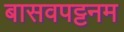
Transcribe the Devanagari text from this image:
बासवपट्टनम